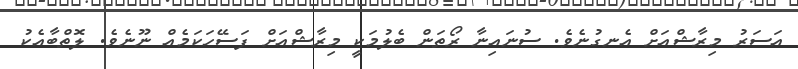
އަސަރު މިރާޝްއަށް އެނގުނެވެ. ސުނައިނާ ރޯތަން ބެލުމަކީ މިރާޝްއަށް ފަސޭހަކަމެއް ނޫނެވެ. ލޮތްބާއެކު